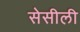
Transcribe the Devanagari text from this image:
सेसीली